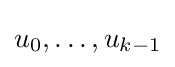
u_{0},\ldots ,u_{k-1}